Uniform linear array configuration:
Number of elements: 4
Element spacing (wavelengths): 0.25
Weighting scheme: blackman
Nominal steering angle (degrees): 15
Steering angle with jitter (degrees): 15.981
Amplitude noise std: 0.05
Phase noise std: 0.05

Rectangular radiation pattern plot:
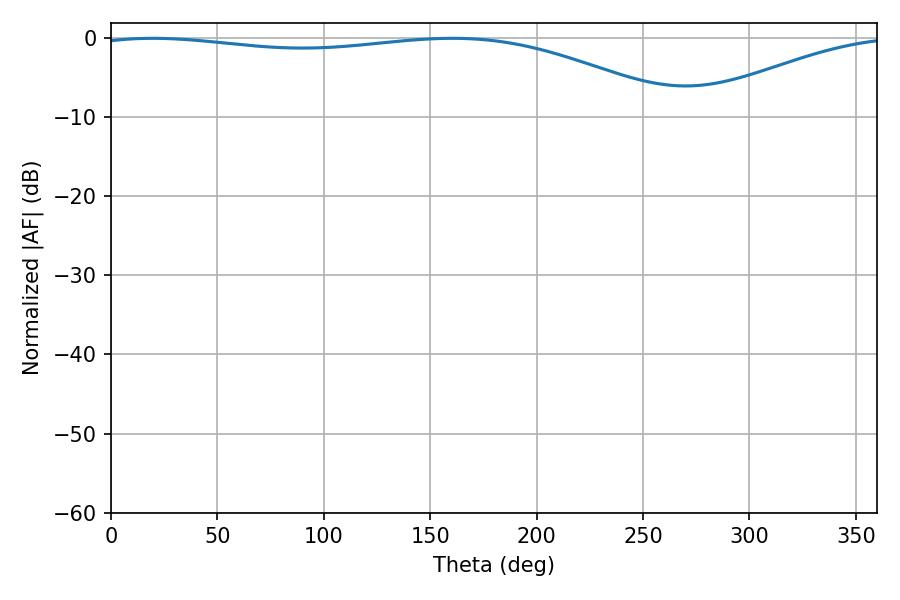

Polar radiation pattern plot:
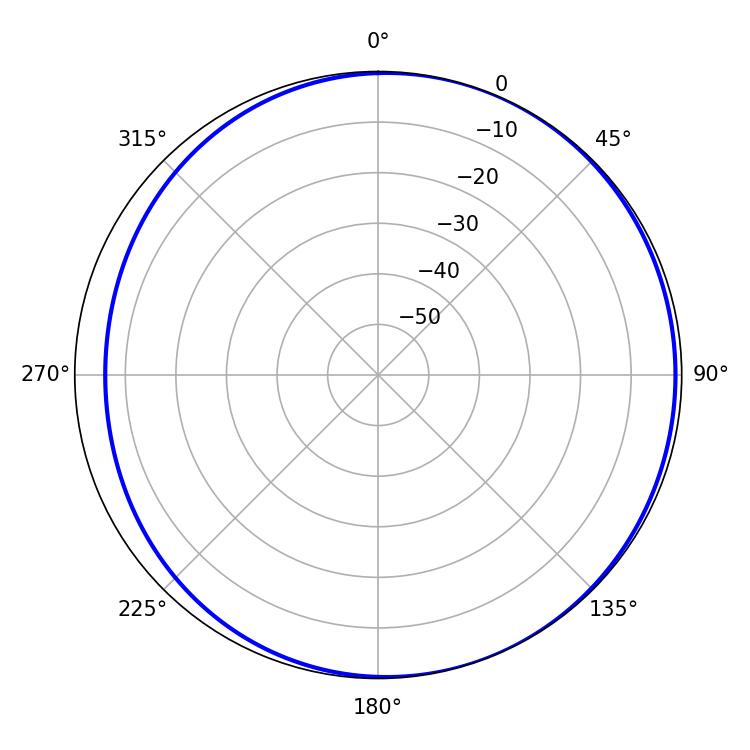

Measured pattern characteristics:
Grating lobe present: FALSE
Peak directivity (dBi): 3.49
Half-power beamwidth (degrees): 221.58
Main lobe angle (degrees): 19.62